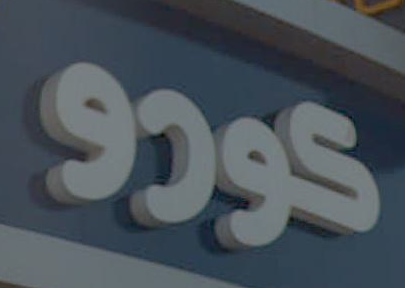
كورو